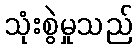
သုံးစွဲမှုသည်